Scottish Leaving Certificate Examination, 1961
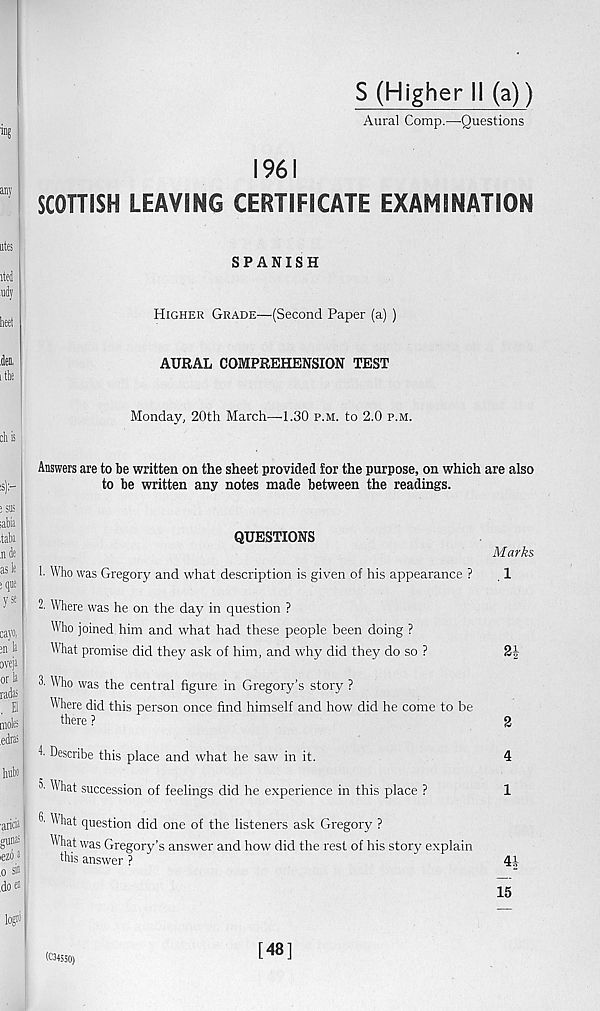
S (Higher II (a))
Aural Comp.—Questions
1961
SCOTTISH LEAVING CERTIFICATE EXAMINATION
SPANISH
Higher Grade—(Second Paper (a) )
AURAL COMPREHENSION TEST
Monday, 20th March—-1.30 p.m. to 2.0 p.m.
Answers are to be written on the sheet provided for the purpose, on which are also
to be written any notes made between the readings.
QUESTIONS
1. Who was Gregory and what description is given of his appearance ?
Marks
1
2. Where was he on the day in question ?
Who joined him and what had these people been doing ?
What promise did they ask of him, and why did they do so ?
2J-
3. Who was the central figure in Gregory’s story ?
Where did this person once find himself and how did he come to be
there ?
2
Describe this place and what he saw in it.
4
3- What succession of feelings did he experience in this place ?
1
3-hat question did one of the listeners ask Gregory ?
What was Gregory’s answer and how did the rest of his story explain
this answer ?
41
15
(C34S50)
[48]